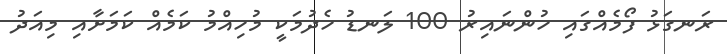
ރަނގަޅު ފޯމެއްގައި ހުންނައިރު 100 ލަނޑު ހެދުމަކީ މުހިއްމު ކަމެއް ކަމަށާއި މިއަދު